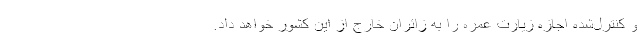
و کنترل‌شده اجازه زیارت عمره را به زائران خارج از این کشور خواهد داد.